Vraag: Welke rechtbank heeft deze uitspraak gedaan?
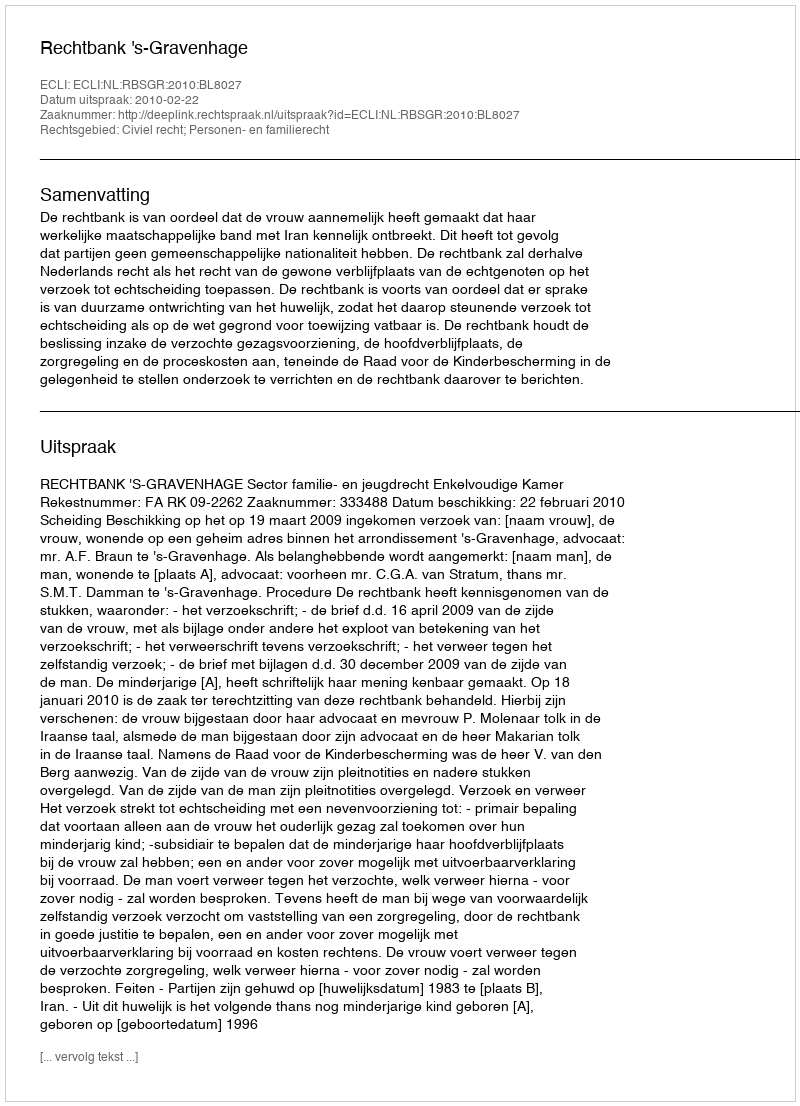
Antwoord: Rechtbank 's-Gravenhage